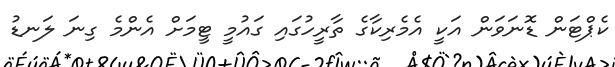
ކެޕްޓަން ޑޮނަވަން އަކީ އެމެރިކާގެ ތާރީހުގައި ގައުމީ ޓީމަށް އެންމެ ގިނަ ލަނޑު